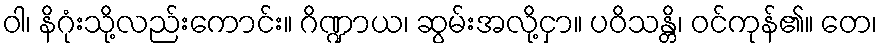
ဝါ၊ နိဂုံးသို့လည်းကောင်း။ ဂိဏ္ဍာယ၊ ဆွမ်းအလို့ငှာ။ ပဝိသန္တိ၊ ဝင်ကုန်၏။ တေ၊